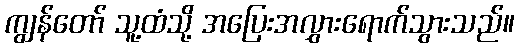
ကျွန်တော် သူ့ထံသို့ အပြေးအလွှားရောက်သွားသည်။